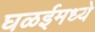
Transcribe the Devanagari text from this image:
घळईमध्ये